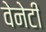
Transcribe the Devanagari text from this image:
वेनेटी